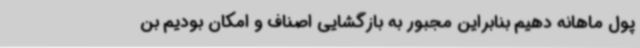
پول ماهانه دهیم بنابراین مجبور به بازگشایی اصناف و امکان بودیم بن